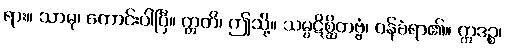
ရား။ သာဓု၊ ကောင်းပါပြီ။ ဣတိ၊ ဤသို့။ သမ္ပဋိစ္ဆိတဗ္ဗံ၊ ဝန်ခံရာ၏။ ဣဒဉ္စ၊